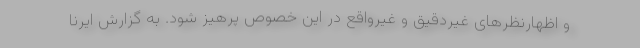
و اظهارنظرهای غیردقیق و غیرواقع در این خصوص پرهیز شود. به گزارش ایرنا